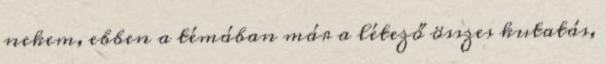
nekem, ebben a témában már a létező összes kutatás,